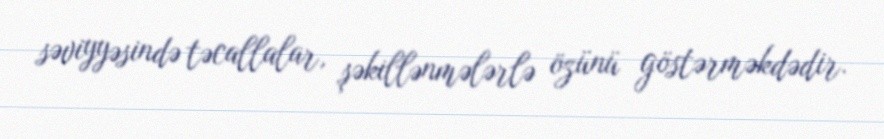
səviyyəsində təcallalar, şəkillənmələrlə özünü göstərməkdədir.